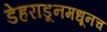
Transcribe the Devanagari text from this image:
डेहराडूनमधूनच